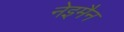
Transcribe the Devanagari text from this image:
नेइमैन